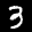
Label: 3